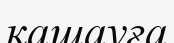
қашауға